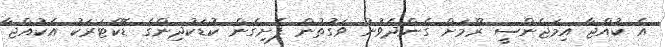
އެ ކުއްޖާ އިމަޖެންސީ ރޫމަށް ގެންދެވުނު ވަގުތުން ފެށިގެން ކުޑަކުދިންގެ ޑޮކްޓަރަކު އެކުއްޖާ